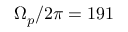
\Omega _ { p } / 2 \pi = 1 9 1